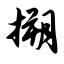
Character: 搠